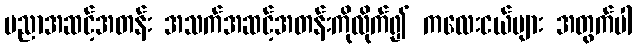
ပညာအဆင့်အတန်း အသက်အဆင့်အတန်းကိုလိုက်၍ ကလေးငယ်များ အတွက်ပါ